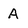
Character: A